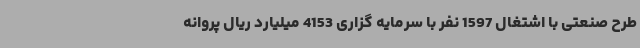
طرح صنعتی با اشتغال 1597 نفر با سرمایه گزاری 4153 میلیارد ریال پروانه